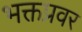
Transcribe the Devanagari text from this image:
भक्तप्रवर